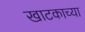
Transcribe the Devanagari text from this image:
खाटकाच्या